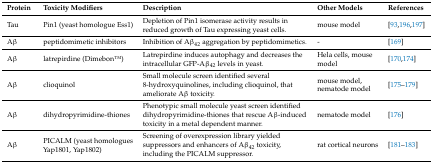
<table><thead><tr><td><b>Protein</b></td><td><b>Toxicity Modifiers</b></td><td><b>Description</b></td><td><b>Other Models</b></td><td><b>References</b></td></tr></thead><tbody><tr><td>Tau</td><td>Pin1 (yeast homologue Ess1)</td><td>Depletion of Pin1 isomerase activity results in reduced growth of Tau expressing yeast cells.</td><td>mouse model</td><td>[93,196,197]</td></tr><tr><td>Aβ</td><td>peptidomimetic inhibitors</td><td>Inhibition of Aβ<sub>42</sub> aggregation by peptidomimetics.</td><td>-</td><td>[169]</td></tr><tr><td>Aβ</td><td>latrepirdine (DimebonTM)</td><td>Latrepirdine induces autophagy and decreases the intracellular GFP-Aβ<sub>42</sub> levels in yeast.</td><td>Hela cells, mouse model</td><td>[170,174]</td></tr><tr><td>Aβ</td><td>clioquinol</td><td>Small molecule screen identified several 8-hydroxyquinolines, including clioquinol, that ameliorate Aβ toxicity.</td><td>mouse model, nematode model</td><td>[175,176,177,178,179]</td></tr><tr><td>Aβ</td><td>dihydropyrimidine-thiones</td><td>Phenotypic small molecule yeast screen identified dihydropyrimidine-thiones that rescue Aβ-induced toxicity in a metal dependent manner.</td><td>nematode model</td><td>[176]</td></tr><tr><td>Aβ</td><td>PICALM (yeast homologues Yap1801, Yap1802)</td><td>Screening of overexpression library yielded suppressors and enhancers of Aβ<sub>42</sub> toxicity, including the PICALM suppressor.</td><td>rat cortical neurons</td><td>[181,182,183]</td></tr></tbody></table>